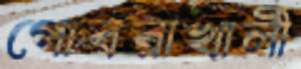
গোবরাখালী